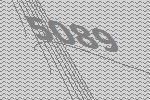
5089